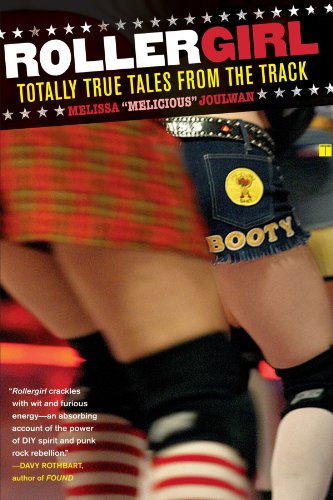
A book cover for Rollergirl: Totally True Tales from the Track; Melissa Joulwan; Sports & Outdoors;